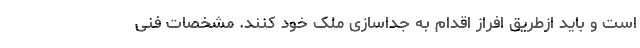
است و باید ازطریق افراز اقدام به جداسازی ملک خود کنند. مشخصات فنی